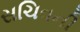
સચિવની